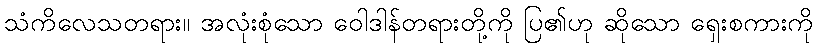
သံကိလေသတရား။ အလုံးစုံသော ဝေါဒါန်တရားတို့ကို ပြ၏ဟု ဆိုသော ရှေးစကားကို